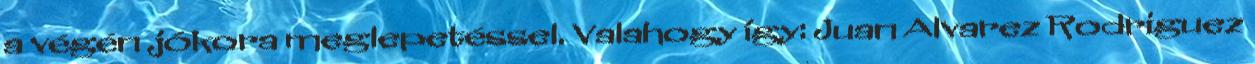
a végén jókora meglepetéssel. Valahogy így: Juan Alvarez Rodriguez